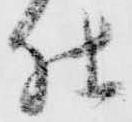
仕